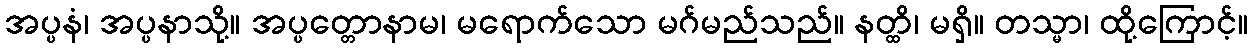
အပ္ပနံ၊ အပ္ပနာသို့။ အပ္ပတ္တောနာမ၊ မရောက်သော မဂ်မည်သည်။ နတ္ထိ၊ မရှိ။ တသ္မာ၊ ထို့ကြောင့်။